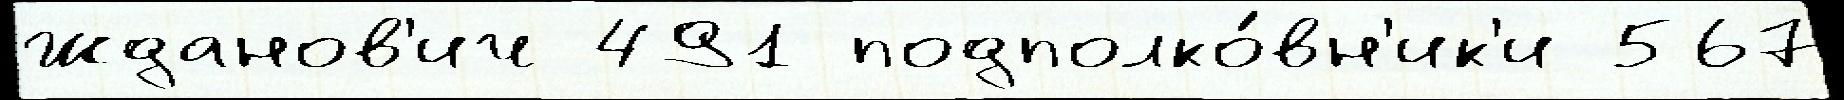
Жданов'ич 491 подполко́вн'ик'и 567